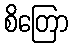
စိတြော